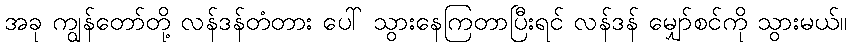
အခု ကျွန်တော်တို့ လန်ဒန်တံတား ပေါ် သွားနေကြတာပြီးရင် လန်ဒန် မျှော်စင်ကို သွားမယ်။